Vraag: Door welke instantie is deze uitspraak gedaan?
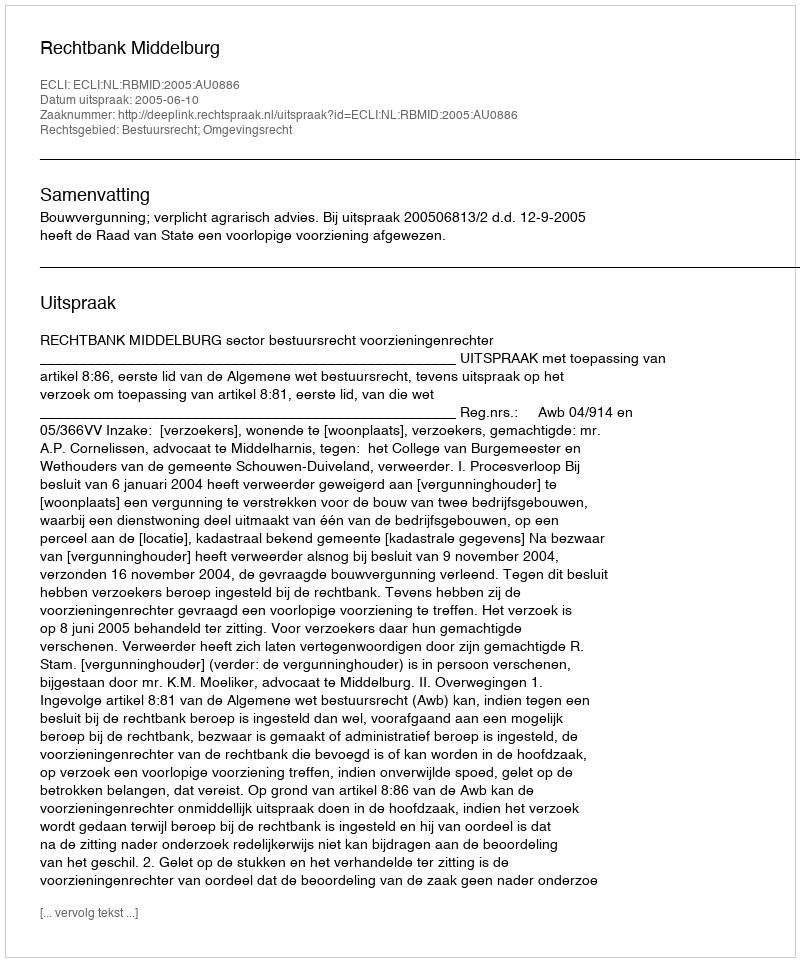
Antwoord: Rechtbank Middelburg